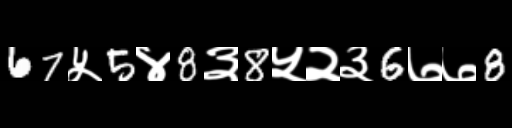
Text: 67५5४8३8५२३6७७8